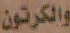
والكرتون